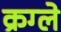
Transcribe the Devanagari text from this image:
क्रग्ले